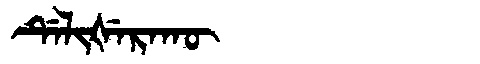
Manchu: ᡩᡝᠯᡳᡧᡝᡵᠠᡴᡡ
Romanization: DELIŠERAKŪ